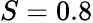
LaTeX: S=0.8